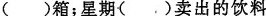
()箱；星期()卖出的饮料